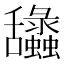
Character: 𦧽